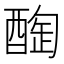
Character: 𨡒